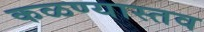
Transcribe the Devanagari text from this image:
कळण्यास्तव